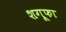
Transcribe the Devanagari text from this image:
शगूफा